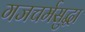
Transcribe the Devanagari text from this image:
गजचर्मसुद्धा